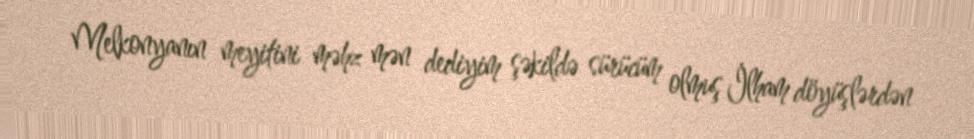
Melkonyanın meyitini məhz mən dediyim şəkildə sürücüm olmuş İlham döyüşlərdən